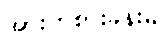
အားကစားခန်းမ